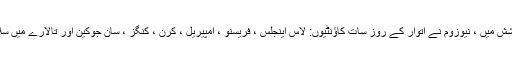
اس پھیلاؤ کو کم کرنے کی کوشش میں ، نیوزوم نے اتوار کے روز سات کاؤنٹیوں: لاس اینجلس ، فریسنو ، امپیریل ، کرن ، کنگز ، سان جوکین اور تالارے میں سلاخوں کو بند کرنے کا حکم دیا۔